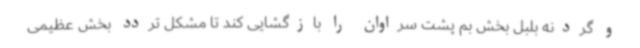
و گردنه بلبل بخش بم پشت سراوان را بازگشایی کند تا مشکل تردد بخش عظیمی